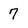
Character: 7